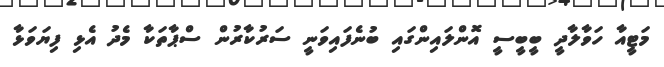
މަޓީއާ ހަވާލާދީ ބީބީސީ އޮންލައިންގައި ބުނެފައިވަނީ ސަރުކާރުން ސްޕާތަކާ މެދު އެޅި ފިޔަވަޅާ